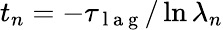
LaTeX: t_{n}=-\tau_{\mathrm{~l~a~g~}}/\ln{\lambda_{n}}